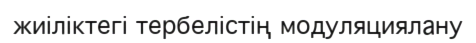
жиіліктегі тербелістің модуляциялану